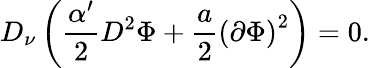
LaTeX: D_{\nu}\left(\frac{\alpha^{\prime}}{2}D^{2}\Phi+\frac{a}{2}\left(\partial\Phi\right)^{2}\right)=0.